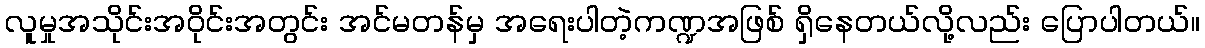
လူမှုအသိုင်းအဝိုင်းအတွင်း အင်မတန်မှ အရေးပါတဲ့ကဏ္ဍအဖြစ် ရှိနေတယ်လို့လည်း ပြောပါတယ်။